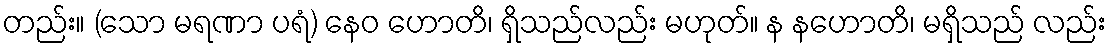
တည်း။ (သော မရဏာ ပရံ) နေဝ ဟောတိ၊ ရှိသည်လည်း မဟုတ်။ န နဟောတိ၊ မရှိသည် လည်း